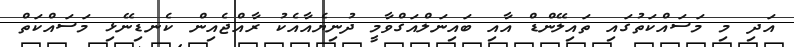
އަދި މި މަސައްކަތުގައި ތައިލޭންޑް އާއި ބައިނަލްއަގްވާމީ ދުނިޔެއާއެކު ރާއްޖެއިން ކެނޑިނޭޅި މަސައްކަތް